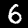
Digit: 6